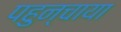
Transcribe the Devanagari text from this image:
पहुन्चाया